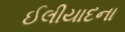
ઈલીયાદના